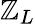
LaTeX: \mathbb{Z}_{L}